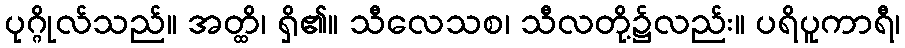
ပုဂ္ဂိုလ်သည်။ အတ္ထိ၊ ရှိ၏။ သီလေသစ၊ သီလတို့၌လည်း။ ပရိပူကာရီ၊